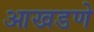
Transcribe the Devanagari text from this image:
आखडणे